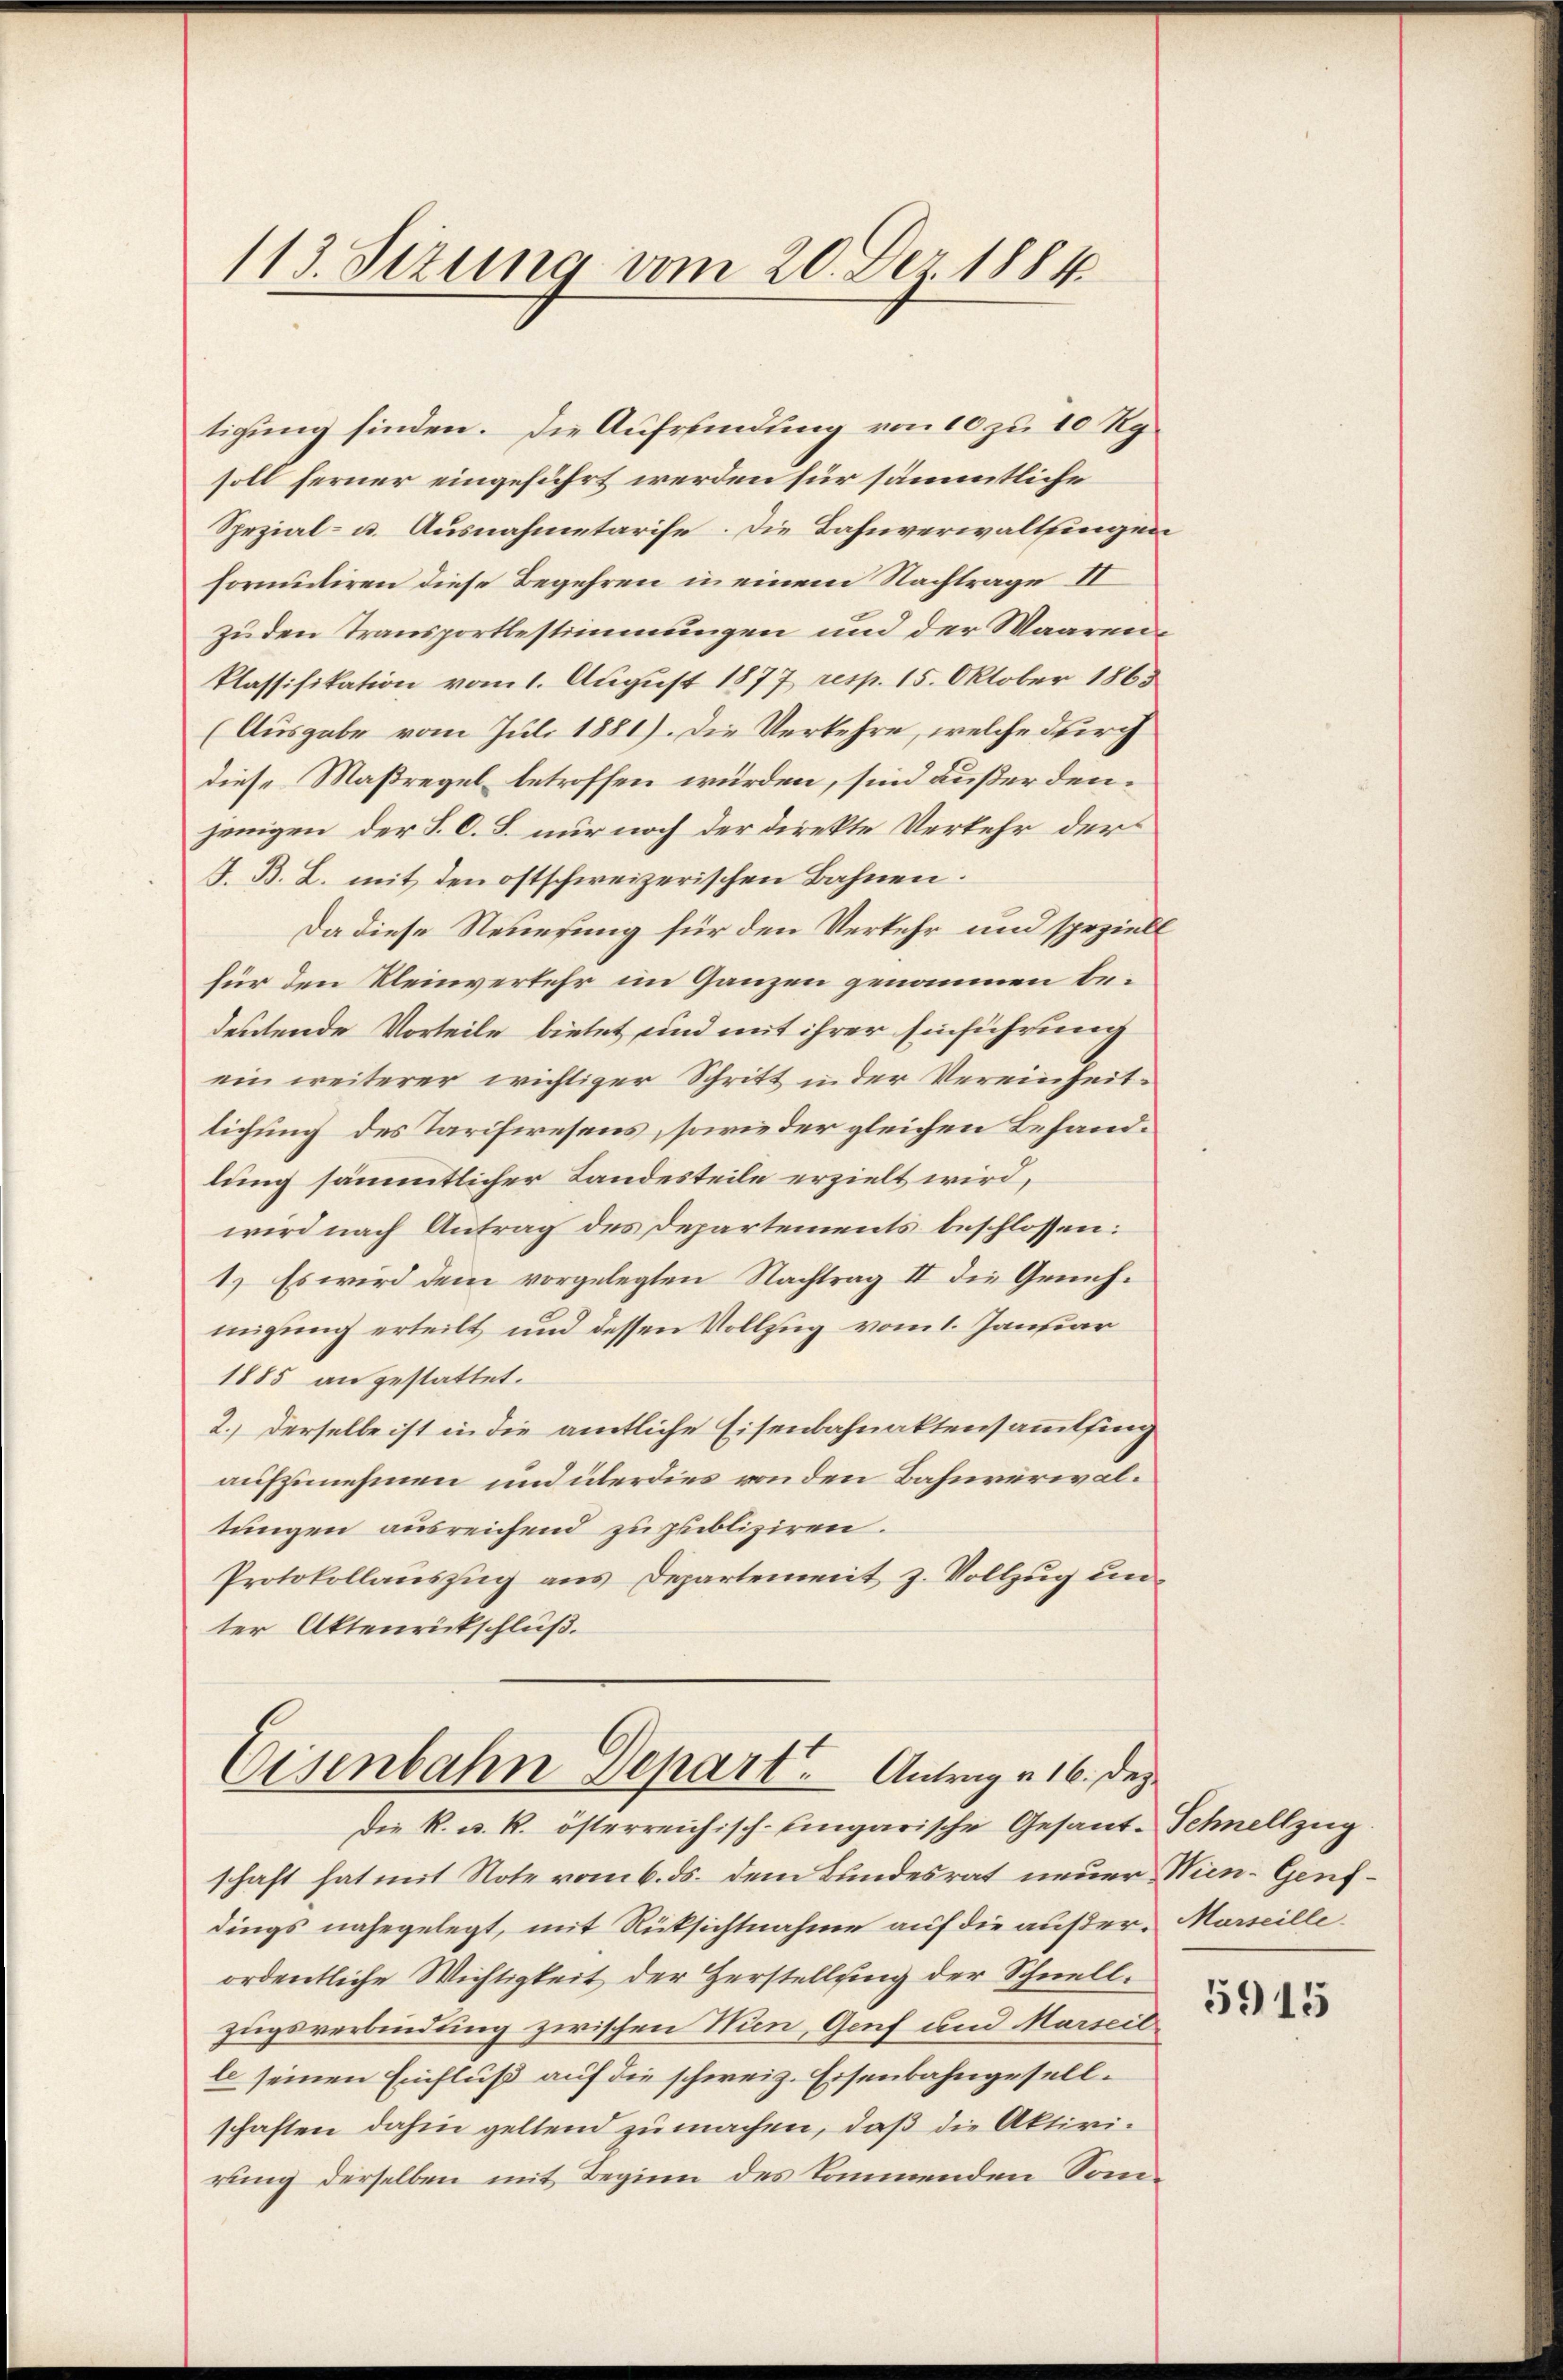
113. Sizung vom 20. Dez. 1884

tigung finden. Die Aufrfindung von 10 zu 10 Rgsoll ferner eingeführt werden für sämmtliche
Spezial- u. Ausnahmetarise. Die Bahnverwaltingen
formutiren diese Begehren in einem Nachtrage II
zu den Transportbestimmungen und der Waarenklassifikation vom 1. August 1877 resp. 15. Oktober 1863
(Ausgabe vom Juli 1881). Die Verkehre, welche durch
diese Maßregel betroffen würden, sind außerdenjenigen der S. O. B. nur noch der Direkte Verkehr der
J. B. L. mit den ostschweizerischen Bahnen.
Da diese Steuerung für den Verkehr und speziell
für den Kleinverkehr im Ganzen genommen bedeutende Vorteile bietet und mit ihrer Einführung
ein weiterer wichtiger Schritt in der Vereinheitlichung des Tarifiresens, sowie der gleichen Behandlung sämmtlicher Landesteile erzielt wird,
wird nach Antrag des Departements beschlossen:
1.) Es wird dem vorgelegten Nachtrag II die Grünhmigung erteilt und dessen Vollzug vom 1. Januar
1885 an gestattet.
2.) Derselbe ist in die amtliche Eisenbahnaktensammling
aufzunehmen und überdies von den Bahnverwaltungen ausreichend zu publiziren.
Protokollauszug aus Departement z. Vollzug unter Aktenrückschluß.

Eisenbahn Depart. Antrag a 16. Dez.
Die k. u. k. österreichisch-Eingarische Gesand-Schnellzug.

schaft hat mit Note vom 6. ds. dem Bundesrat neuer Wien-Genfdings nahegelegt, mit Rücksichtnahme auf die außer. Marseilleordentliche Wichtigkeit der Herstellung der Schnellzugsverbindung zwischen Nien, Genf und Marseil
le seinen Einfluß auf die schweiz. Eisenbahngesellschaften dahin geltend zu machen, daß die Aktivi-
rung derselben mit Beginn des kommenden Sonn¬

5915